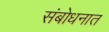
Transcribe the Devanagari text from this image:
संबोधनात